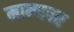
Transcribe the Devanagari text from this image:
मान्‍यवर